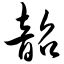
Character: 韶